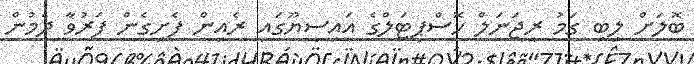
ބޮލަށް ލިބި ގަމު ރީޖަނަލް ހޮސްޕިޓަލްގެ އައިސީޔޫގައި ރެއިން ފެށިގެން ފަރުވާ ދެމުން